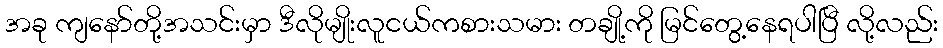
အခု ကျနော်တို့အသင်းမှာ ဒီလိုမျိုးလူငယ်ကစားသမား တချို့ကို မြင်တွေ့နေရပါပြီ လို့လည်း